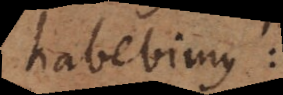
habebimus: